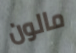
مالون